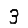
Digit: 3